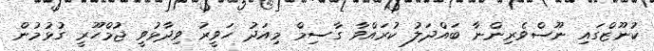
ކުނޫޒްގައި ނޫސްވެރިންނާ ބައްދަލު ކުރައްވާ ގާސިމް މިއަދު ހަވީރު ވިދާޅުވީ ޖުމްހޫރީ ގުޅުމުން